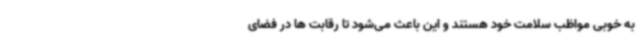
به خوبی مواظب سلامت خود هستند و این باعث می‌شود تا رقابت ها در فضای